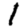
Digit: 1